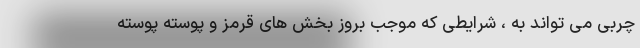
چربی می تواند به ، شرایطی که موجب بروز بخش های قرمز و پوسته پوسته